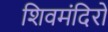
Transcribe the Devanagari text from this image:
शिवमंदिरों